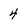
Character: 4